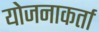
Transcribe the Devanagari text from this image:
योजनाकर्ता